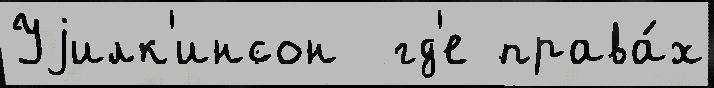
Уjилк'инсон  гд'е права́х